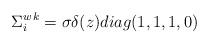
LaTeX: \begin{align*}{{\Sigma}^{w}_{i}}^{k} = {\sigma} {\delta}(z) diag(1,1,1,0)\end{align*}